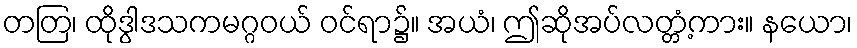
တတြ၊ ထိုဒွါဒသကမဂ္ဂဝယ် ဝင်ရာ၌။ အယံ၊ ဤဆိုအပ်လတ္တံ့ကား။ နယော၊